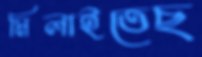
মিলাইতেছ